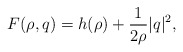
\begin{align*} F(\rho , q) = h(\rho) + \frac{1}{2 \rho} |q|^2 ,\end{align*}